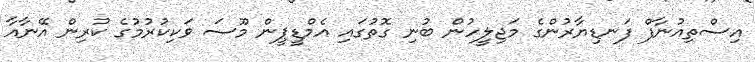
އިސްތިއުނާފް ފަނޑިޔާރުންގެ މަޖިލީހުން ބުނި ގޮތުގައި އެމްޑީޕީން މޫސަ ވަކިކުރުމުގެ ކުރިން އޭނާއާ